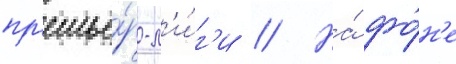
пр'емье́р-л'и́г'и // На́ фо́н'е